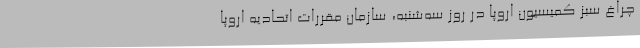
چراغ سبز کمیسیون اروپا در روز سه‌شنبه، سازمان مقررات اتحادیه اروپا